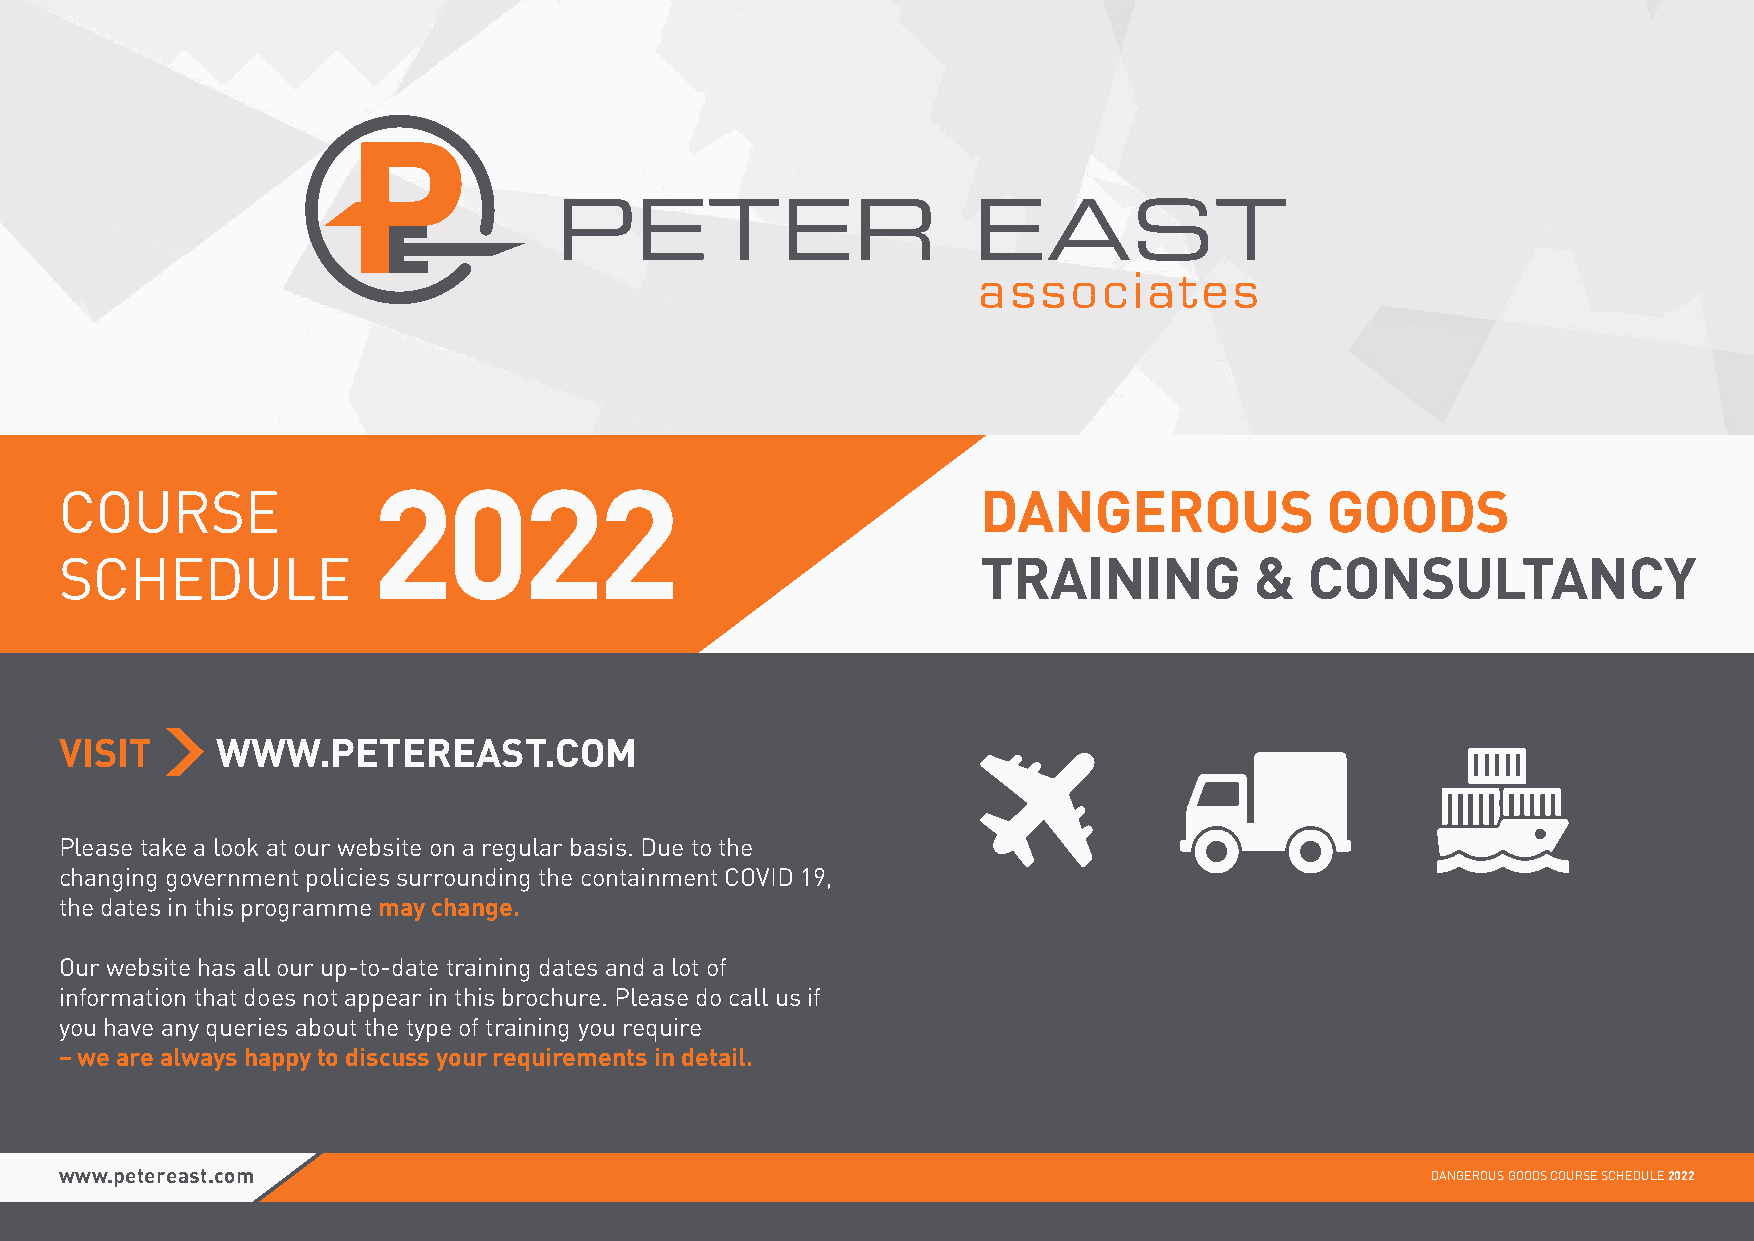
2022
 COURSE                                                       DANGEROUS              GOODS
 SCHEDULE                                                     TRAINING          &   CONSULTANCY
 VISIT     WWW.PETEREAST.COM
 Please take a look at our website on a regular basis. Due to the
 changing government policies surrounding the containment COVID 19,
 the dates in this programme may change.
 Our website has all our up-to-date training dates and a lot of
 information that does not appear in this brochure. Please do call us if
 you have any queries about the type of training you require
 – we are always happy to discuss your requirements in detail.
 www.petereast.com                                                                          DANGEROUS GOODS COURSE SCHEDULE 2022